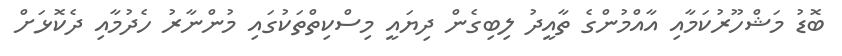
ބޮޑު މަޝްހޫރުކަމާއި އާއްމުންގެ ތާއީދު ލިބިގެން ދިޔައީ މިސްކިތްތަކުގައި މުންނާރު ހެދުމާއި ދެކޮޅަށް